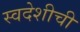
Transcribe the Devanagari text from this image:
स्वदेशीची